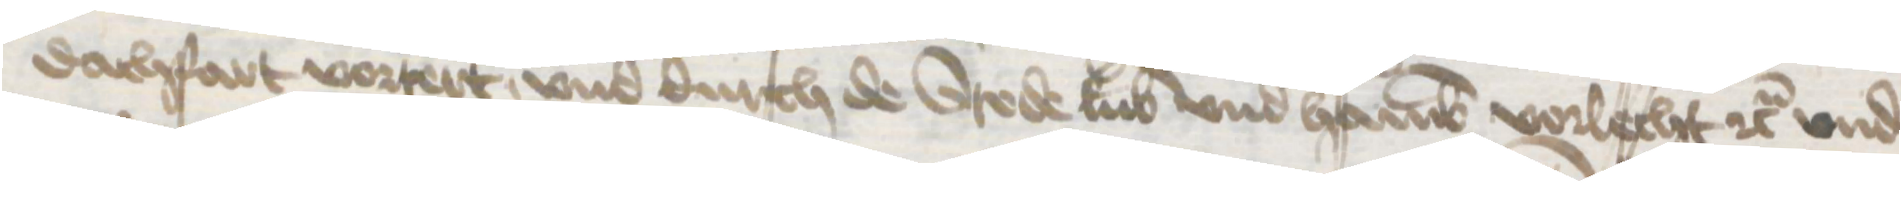
dachfart vortert, vnd durch de Stede Lubek vnd Hamburg vorlecht etc. vnd